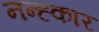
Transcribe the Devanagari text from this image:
नन्ह्कार